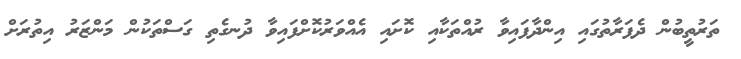
ތަރުތީބުން ދެފަރާތުގައި އިންދާފައިވާ ރުއްތަކާއި ކޮށައި އެއްވަރުކޮށްފައިވާ ދުނގެތި ގަސްތަކުން މަންޒަރު އިތުރަށް